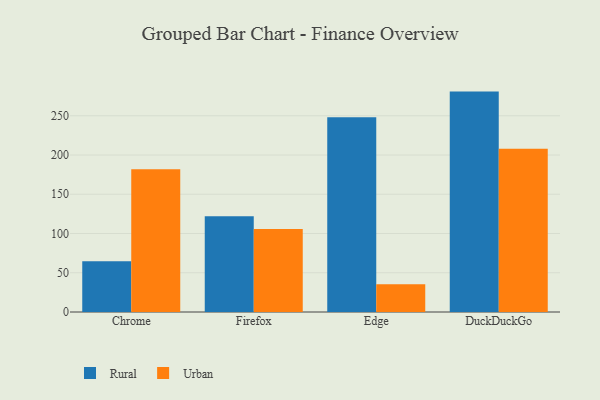
{"axis": {"x": "Browser", "y": "Website Visitors"}, "legend": ["Rural", "Urban"], "data": [{"x": "Chrome", "y": 64.5, "type": "Rural"}, {"x": "Chrome", "y": 181.9, "type": "Urban"}, {"x": "Firefox", "y": 121.9, "type": "Rural"}, {"x": "Firefox", "y": 105.6, "type": "Urban"}, {"x": "Edge", "y": 248.2, "type": "Rural"}, {"x": "Edge", "y": 35.3, "type": "Urban"}, {"x": "DuckDuckGo", "y": 280.8, "type": "Rural"}, {"x": "DuckDuckGo", "y": 208.0, "type": "Urban"}]}